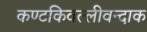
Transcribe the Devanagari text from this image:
कण्टकिवल्लीवन्दाक